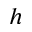
h